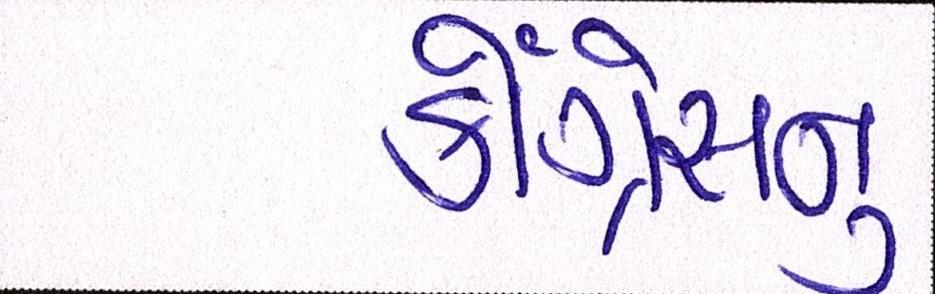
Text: કોંગ્રેસનુ